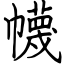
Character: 幭